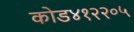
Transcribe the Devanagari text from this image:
कोड४१२२०५